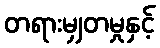
တရားမျှတမှုနှင့်